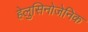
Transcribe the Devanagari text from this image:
हेलुसिनोजेनिक